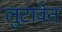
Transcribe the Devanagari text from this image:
लुटावेत